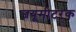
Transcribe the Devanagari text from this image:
जयूमीटरक